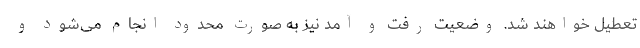
تعطیل خواهند شد. وضعیت رفت و آمد نیز به صورت محدود انجام می‌شود و